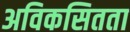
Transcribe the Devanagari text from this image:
अविकसितता